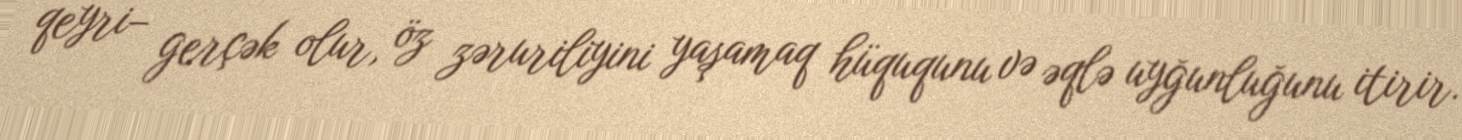
qeyri– gerçək olur, öz zəruriliyini yaşamaq hüququnu və əqlə uyğunluğunu itirir.